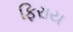
ફિરાય